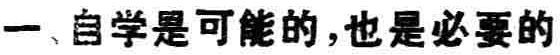
一、自学是可能的,也是必要的